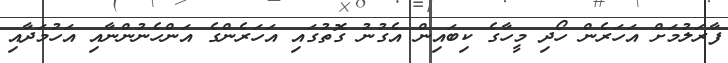
ފާރަލުމަށް އަހަރެން ހޯދި މީހާގެ ކިބައިން އެގުނު ގޮތުގައި އަހަރެންގެ އަންހެނުންނާއި އަހުމަދާއި